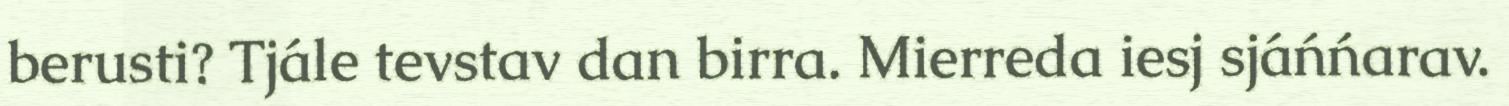
berusti? Tjále tevstav dan birra. Mierreda iesj sjáńńarav.